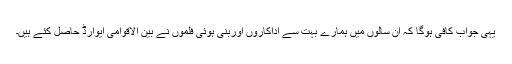
یہی جواب کافی ہوگا کہ ان سالوں میں ہمارے بہت سے اداکاروں اوربنی ہوئی فلموں نے بین الاقوامی ایوارڈ حاصل کئے ہیں۔